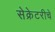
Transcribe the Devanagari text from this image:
सेक्रेटरीचे